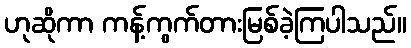
ဟုဆိုကာ ကန့်ကွက်တားမြစ်ခဲ့ကြပါသည်။